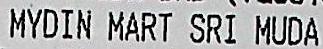
MYDIN MART SRI MUDA